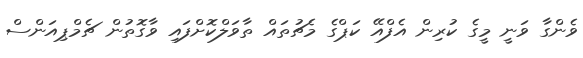
ވެންގާ ވަނީ މީގެ ކުރިން އެފްއޭ ކަޕްގެ މެޗުތައް ތާވަލްކޮށްފައި ވާގޮތުން ޗެމްޕިއަންސް